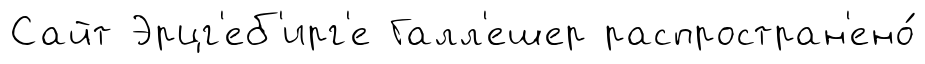
Сайт Эрцг'еб'ирг'е Галл'ешер распростран'ено́